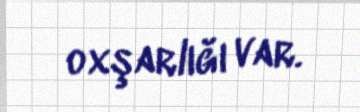
oxşarlığı var.